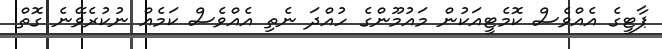
ޕާޓީގެ އެއްވެސް ކޮމެޓީއަކުން މައުމޫންގެ ހުއްދަ ނެތި އެއްވެސް ކަމެއް ނުކުރެވޭނެ ގޮތް